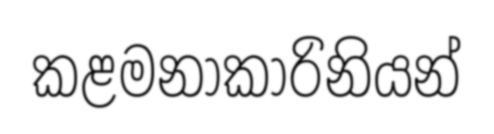
කළමනාකාරිනියන්